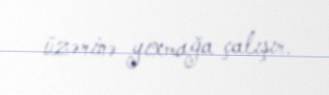
üzərinə yıxmağa çalışır.